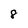
Character: 8